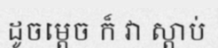
ដូចម្តេច ក៏ វា ស្តាប់